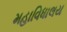
મહાવિધાલય